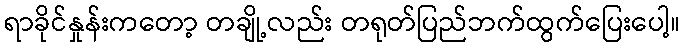
ရာခိုင်နှုန်းကတော့ တချို့လည်း တရုတ်ပြည်ဘက်ထွက်ပြေးပေါ့။